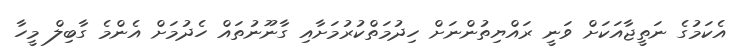
އެކަމުގެ ނަތީޖާއަކަށް ވަނީ ރައްޔިތުންނަށް ހިދުމަތްކުރުމަށާއި ގާނޫނުތައް ހެދުމަށް އެންމެ ގާބިލް މީހާ